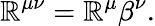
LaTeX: \mathbb{R}^{\mu\nu}=\mathbb{R}^{\mu}\beta^{\nu}.